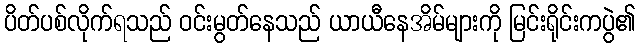
ပိတ်ပစ်လိုက်ရသည် ဝင်းမွတ်နေသည် ယာယီနေအိမ်များကို မြင်းရိုင်းကပွဲ၏